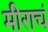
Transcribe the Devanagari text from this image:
मीराचं